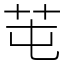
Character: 芚